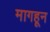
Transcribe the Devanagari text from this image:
मागहून